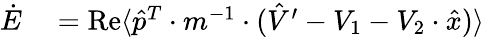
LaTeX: \begin{array}{rl}{\dot{E}}&{{}=\operatorname{Re}\langle\hat{p}^{T}\cdot m^{-1}\cdot(\hat{V}^{\prime}-V_{1}-V_{2}\cdot\hat{x})\rangle}\end{array}